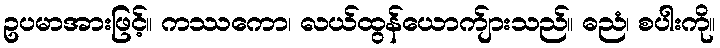
ဥပမာအားဖြင့်။ ကဿကော၊ လယ်ထွန်ယောက်ျားသည်။ ဓညံ၊ စပါးကို။